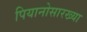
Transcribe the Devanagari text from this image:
पियानोसारख्या